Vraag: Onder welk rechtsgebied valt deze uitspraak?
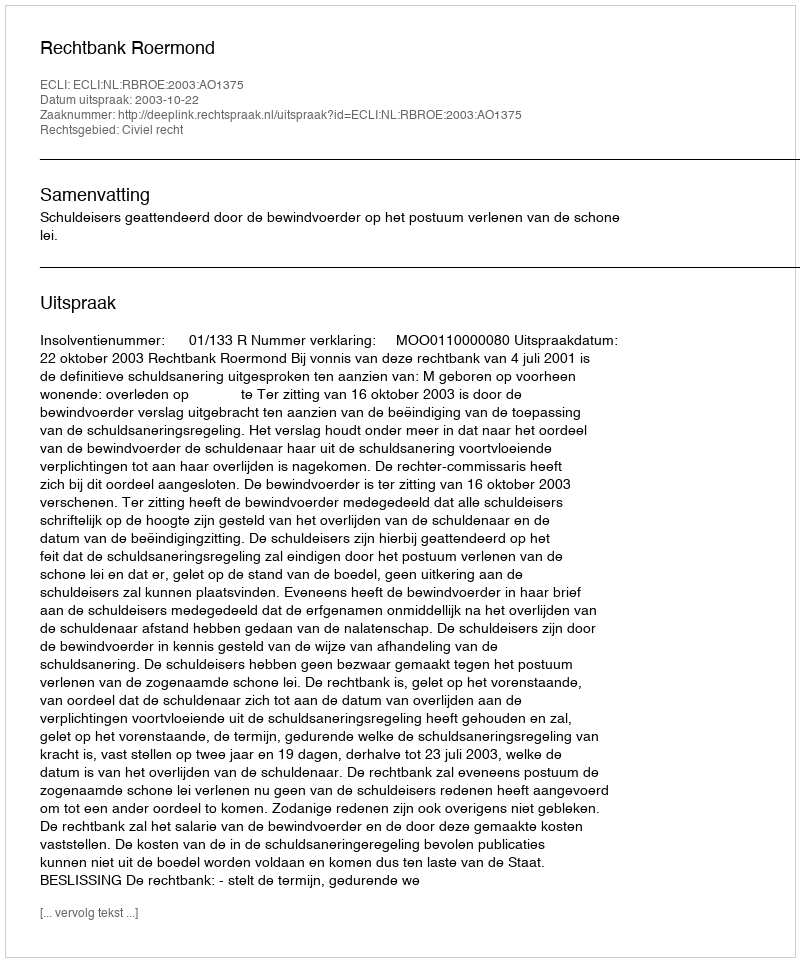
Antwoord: Civiel recht